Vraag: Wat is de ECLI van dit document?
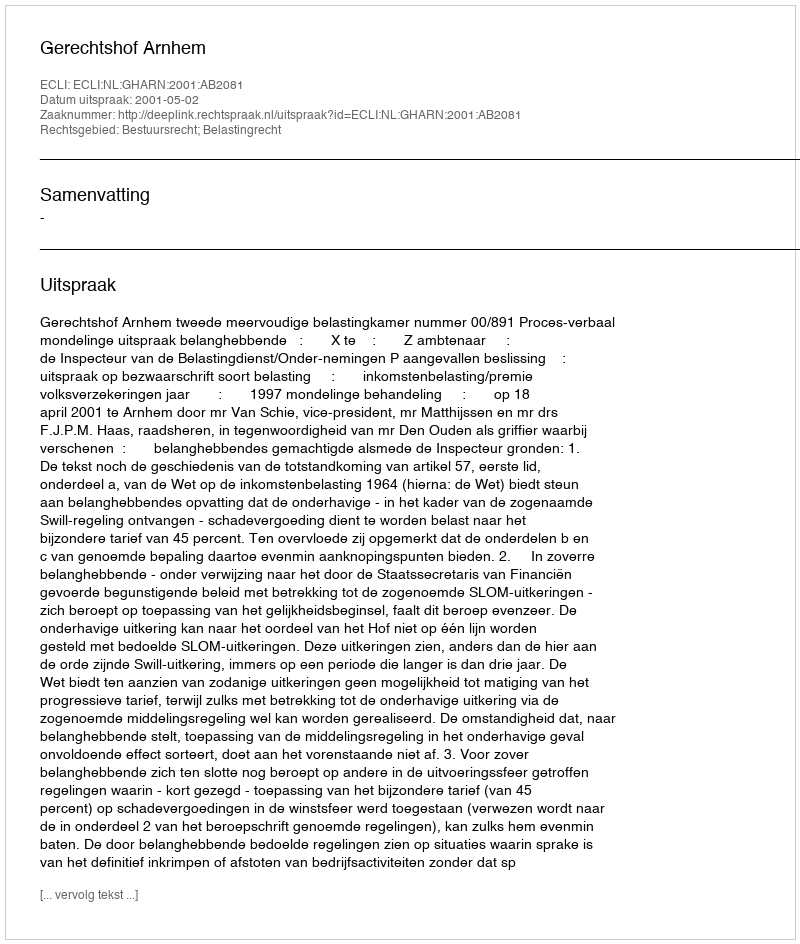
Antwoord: ECLI:NL:GHARN:2001:AB2081